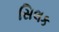
સિલક